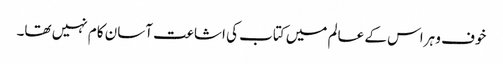
خوف و ہراس کے عالم میں کتاب کی اشاعت آسان کام نہیں تھا۔